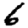
Digit: 6